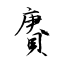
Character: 賡